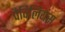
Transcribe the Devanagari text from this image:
पैविलियंस